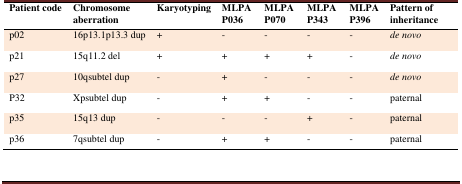
<table><thead><tr><td><b>Patient code</b></td><td><b>Chromosome aberration</b></td><td><b>Karyotyping</b></td><td><b>MLPA P036</b></td><td><b>MLPA P070</b></td><td><b>MLPA P343</b></td><td><b>MLPA P396</b></td><td><b>Pattern of inheritance</b></td></tr></thead><tbody><tr><td>p02</td><td>16p13.1p13.3 dup</td><td>+</td><td>-</td><td>-</td><td>-</td><td>-</td><td><i>de novo</i></td></tr><tr><td>p21</td><td>15q11.2 del</td><td>+</td><td>+</td><td>+</td><td>+</td><td>-</td><td><i>de novo</i></td></tr><tr><td>p27</td><td>10qsubtel dup</td><td>-</td><td>+</td><td>-</td><td>-</td><td>-</td><td><i>de novo</i></td></tr><tr><td>P32</td><td>Xpsubtel dup</td><td>-</td><td>+</td><td>+</td><td>-</td><td>-</td><td>paternal</td></tr><tr><td>p35</td><td>15q13 dup</td><td>-</td><td>-</td><td>-</td><td>+</td><td>-</td><td>paternal</td></tr><tr><td>p36</td><td>7qsubtel dup</td><td>-</td><td>+</td><td>+</td><td>-</td><td>-</td><td>paternal</td></tr></tbody></table>